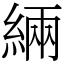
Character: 緉